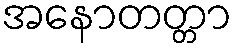
အနောတတ္တာ